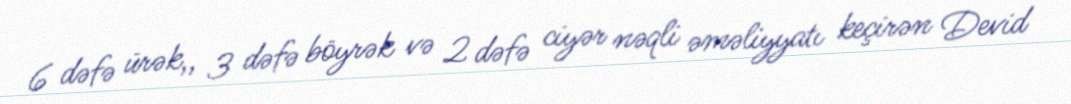
6 dəfə ürək,, 3 dəfə böyrək və 2 dəfə ciyər nəqli əməliyyatı keçirən Devid